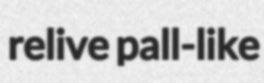
relive pall-like